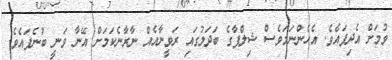
ވުމަށް އެދިފައެވެ. އެހެންނަމަވެސް ޝިލްޕާގެ ބަދަލުގައި ރަވީނާއެއް ނާރާނެކަމަށް އޭނާ ވަނީ ބުނެފައެވެ.